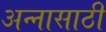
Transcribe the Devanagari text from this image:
अन्‍नासाठी